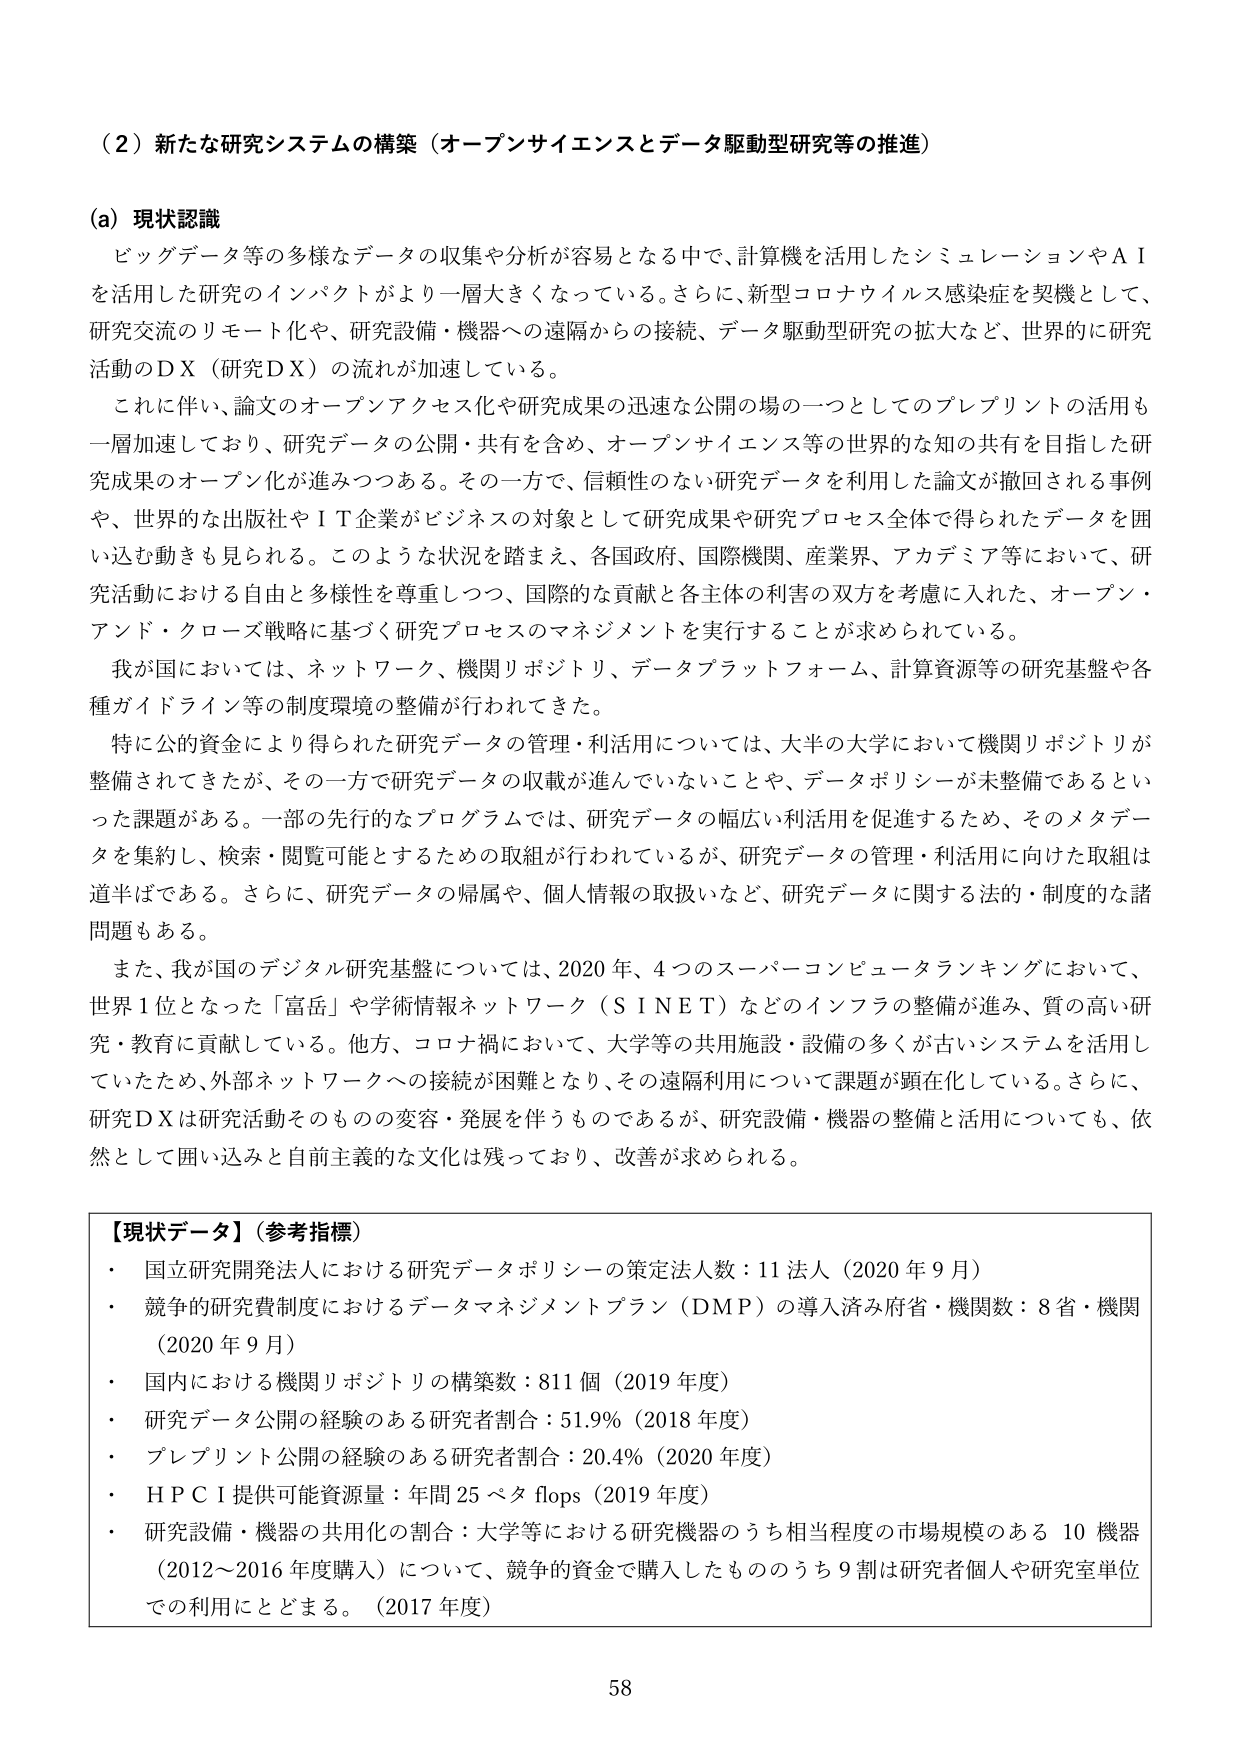
（２）新たな研究システムの構築（オープンサイエンスとデータ駆動型研究等の推進）

（a）現状認識

ビッグデータ等の多様なデータの収集や分析が容易となる中で、計算機を活用したシミュレーションやＡＩを活用した研究のインパクトがより一層大きくなっている。さらに、新型コロナウイルス感染症を契機として、研究交流のリモート化や、研究設備・機器への遠隔からの接続、データ駆動型研究の拡大など、世界的に研究活動のＤＸ（研究ＤＸ）の流れが加速している。

これに伴い、論文のオープンアクセス化や研究成果の迅速な公開の場の一つとしてのプレプリントの活用も一層加速しており、研究データの公開・共有を含め、オープンサイエンス等の世界的な知の共有を目指した研究成果のオープン化が進みつつある。その一方で、信頼性のない研究データを利用した論文が撤回される事例や、世界的な出版社やＩＴ企業がビジネスの対象として研究成果や研究プロセス全体で得られたデータを囲い込む動きも見られる。このような状況を踏まえ、各国政府、国際機関、産業界、アカデミア等において、研究活動における自由と多様性を尊重しつつ、国際的な貢献と各主体の利害の双方を考慮に入れた、オープン・アンド・クローズ戦略に基づく研究プロセスのマネジメントを実行することが求められている。

我が国においては、ネットワーク、機関リポジトリ、データプラットフォーム、計算資源等の研究基盤や各種ガイドライン等の制度環境の整備が行われてきた。

特に公的資金により得られた研究データの管理・利活用については、大半の大学において機関リポジトリが整備されてきたが、その一方で研究データの収載が進んでいないことや、データポリシーが未整備であるといった課題がある。一部の先行的なプログラムでは、研究データの幅広い利活用を促進するため、そのメタデータを集約し、検索・閲覧可能とするための取組が行われているが、研究データの管理・利活用に向けた取組は道半ばである。さらに、研究データの帰属や、個人情報の取扱いなど、研究データに関する法的・制度的な諸問題もある。

また、我が国のデジタル研究基盤については、2020年、4つのスーパーコンピュータランキングにおいて、世界1位となった「富岳」や学術情報ネットワーク（ＳＩＮＥＴ）などのインフラの整備が進み、質の高い研究・教育に貢献している。他方、コロナ禍において、大学等の共用施設・設備の多くが古いシステムを活用していたため、外部ネットワークへの接続が困難となり、その遠隔利用について課題が顕在化している。さらに、研究ＤＸは研究活動そのものの変容・発展を伴うものであるが、研究設備・機器の整備と活用についても、依然として囲い込みと自前主義的な文化は残っており、改善が求められる。

【現状データ】（参考指標）
・国立研究開発法人における研究データポリシーの策定法人数：11法人（2020年9月）
・競争的研究費制度におけるデータマネジメントプラン（DMP）の導入済み府省・機関数：8省・機関（2020年9月）
・国内における機関リポジトリの構築数：811個（2019年度）
・研究データ公開の経験のある研究者割合：51.9％（2018年度）
・プレプリント公開の経験のある研究者割合：20.4％（2020年度）
・ＨＰＣＩ提供可能資源量：年間25ペタflops（2019年度）
・研究設備・機器の共用化の割合：大学等における研究機器のうち相当程度の市場規模のある10機器（2012～2016年度購入）について、競争的資金で購入したものうち9割は研究者個人や研究室単位での利用にとどまる。（2017年度）

58